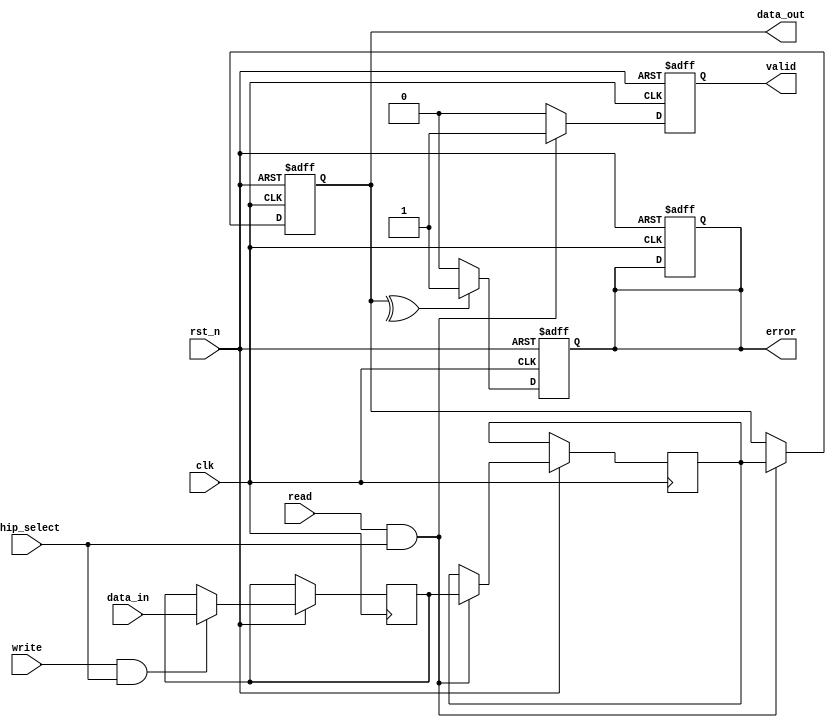
module FeRAM_IO_Block (
    input wire clk,                // System clock
    input wire rst_n,              // Active low reset
    input wire [7:0] data_in,      // Data input
    input wire read,               // Read control signal
    input wire write,              // Write control signal
    input wire chip_select,         // Chip select signal
    output reg [7:0] data_out,     // Data output
    output reg valid,              // Data valid signal
    output reg error               // Error signal
);

// Internal signals
reg [7:0] data_latch;            // Data latch for temporary storage
reg [7:0] read_data;             // Data from read sensing circuit
reg write_enable;                // Write enable signal
reg read_enable;                 // Read enable signal

// Input Buffer with Schmitt Trigger and Level Shifter
wire [7:0] input_buffer;
assign input_buffer = data_in; // Placeholder for actual buffer logic

// Output Buffer
always @(posedge clk or negedge rst_n) begin
    if (!rst_n) begin
        data_out <= 8'b0;
        valid <= 1'b0;
    end else if (read && chip_select) begin
        data_out <= read_data; // Drive data to external bus
        valid <= 1'b1;          // Data is valid
    end else begin
        valid <= 1'b0;          // Data is not valid
    end
end

// Control Signal Interface
always @(posedge clk or negedge rst_n) begin
    if (!rst_n) begin
        write_enable <= 1'b0;
        read_enable <= 1'b0;
        error <= 1'b0;
    end else begin
        if (write && chip_select) begin
            write_enable <= 1'b1;
            data_latch <= input_buffer; // Capture data for writing
        end else begin
            write_enable <= 1'b0;
        end

        if (read && chip_select) begin
            read_enable <= 1'b1;
            // Simulate read sensing circuit
            read_data <= data_latch; // Placeholder for actual read logic
        end else begin
            read_enable <= 1'b0;
        end
    end
end

// Write Driver
always @(posedge clk or negedge rst_n) begin
    if (!rst_n) begin
        // Initialization logic if needed
    end else if (write_enable) begin
        // Logic to drive write signals to memory cells
        // Placeholder for actual write driver logic
    end
end

// Read Sensing Circuit
always @(posedge clk or negedge rst_n) begin
    if (!rst_n) begin
        // Initialization logic if needed
    end else if (read_enable) begin
        // Logic to sense data from memory cells
        // Placeholder for actual read sensing logic
    end
end

// Error Detection and Correction (EDAC)
always @(posedge clk or negedge rst_n) begin
    if (!rst_n) begin
        error <= 1'b0;
    end else begin
        // Simple error detection logic (e.g., parity check)
        // Placeholder for actual EDAC logic
        // Example: if data_out has an odd number of 1's, set error
        if (^data_out) begin
            error <= 1'b1; // Error detected
        end else begin
            error <= 1'b0; // No error
        end
    end
end

endmodule